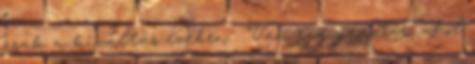
csak a kiváltás évében . Van egy pénztár, ahol